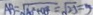
A B = \sqrt { A ^ { 2 } + O E } = \sqrt { 2 5 } = 5